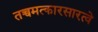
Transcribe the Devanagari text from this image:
तच्चमत्कारसारत्वे